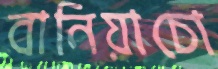
বানিয়াচো